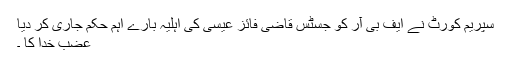
سپریم کورٹ نے ایف بی آر کو جسٹس قاضی فائز عیسیٰ کی اہلیہ بارے اہم حکم جاری کر دیا
عضب خدا کا ۔